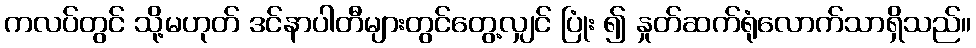
ကလပ်တွင် သို့မဟုတ် ဒင်နာပါတီများတွင်တွေ့လျှင် ပြုံး ၍ နှုတ်ဆက်ရုံလောက်သာရှိသည်။